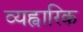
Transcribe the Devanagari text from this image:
व्यह्वारिक